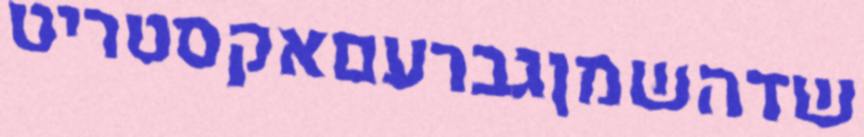
שדהשמןגברעםאקסטריט